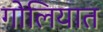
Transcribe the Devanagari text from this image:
गोलियात